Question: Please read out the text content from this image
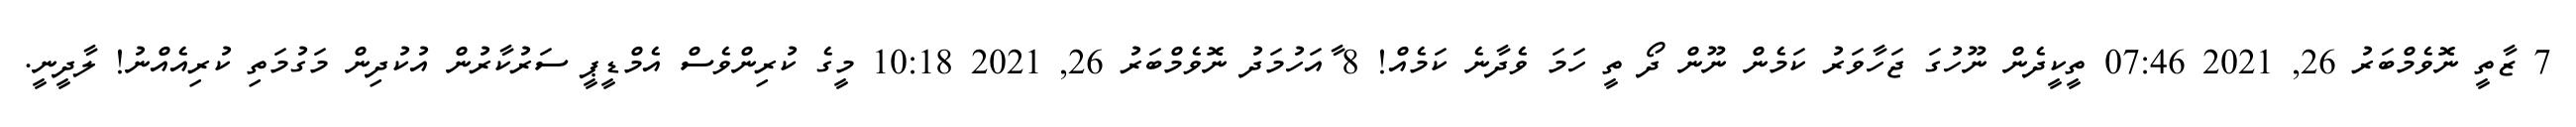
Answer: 7 ޒާތީ ނޮވެމްބަރު 26, 2021 07:46 ތީކީދެން ނޫހުގަ ޖަހާވަރު ކަމެން ނޫން ދޯ ތީ ހަމަ ވެދާނެ ކަމެއް! 8 ާއަހުމަދު ނޮވެމްބަރު 26, 2021 10:18 މީގެ ކުރިންވެސް އެމްޑީޕީ ސަރުކާރުން އުކުދިން މަގުމަތި ކުރިއެއްނު! ލާދީނީ.